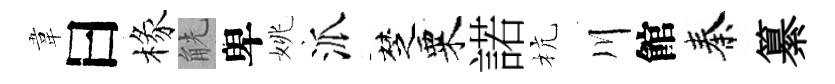
韋曰椽觥卑姚派椘粟諾杭川館秦纂